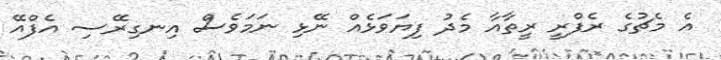
އެ މެޗުގެ ރެފްރީ ރީތާއާ މެދު ފިޔަވަޅެއް ނޭޅި ނަމަވެސް އިނގިރޭސި އެފްއޭ